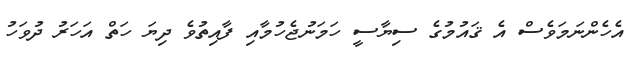
އެހެންނަމަވެސް އެ ޤައުމުގެ ސިޔާސީ ހަމަނުޖެހުމާއި ފާއިތުވެ ދިޔަ ހަތް އަހަރު ދުވަހު